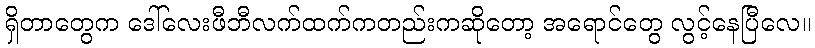
ရှိတာတွေက ဒေါ်လေးဖီဘီလက်ထက်ကတည်းကဆိုတော့ အရောင်တွေ လွင့်နေပြီလေ။